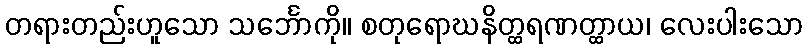
တရားတည်းဟူသော သင်္ဘောကို။ စတုရောဃနိတ္ထရဏတ္ထာယ၊ လေးပါးသော